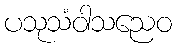
ပသုသံဝါသညေဝ